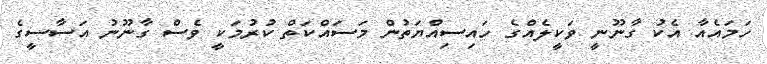
ހަމައެއާ އެކު ގާނޫނީ ވަކީލެއްގެ ހައިސިއްޔަތުން މަސައްކަތް ކުރުމަކީ ވެސް ގާނޫނު އަސާސީގެ